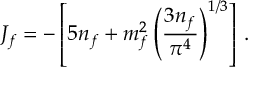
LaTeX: J _ { f } = - \left[ 5 n _ { f } + m _ { f } ^ { 2 } \left( { \frac { 3 n _ { f } } { \pi ^ { 4 } } } \right) ^ { 1 / 3 } \right] \, .